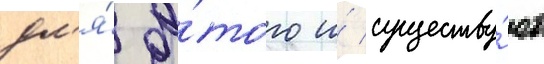
дл'я́ э́того и́ существу́ют